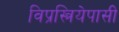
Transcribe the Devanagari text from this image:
विप्रस्त्रियेपासी